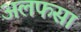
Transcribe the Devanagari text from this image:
अलफसा